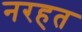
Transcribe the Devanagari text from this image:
नरहत